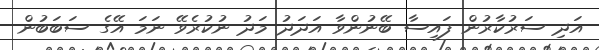
އަދި ސަރުކާރުން ފައިސާ ބޭނުންވާ އަދަދު މަދު ނުކުރެވޭ ނަމަ އޭގެ ސަބަބުން